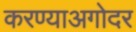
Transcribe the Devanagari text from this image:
करण्याअगोदर